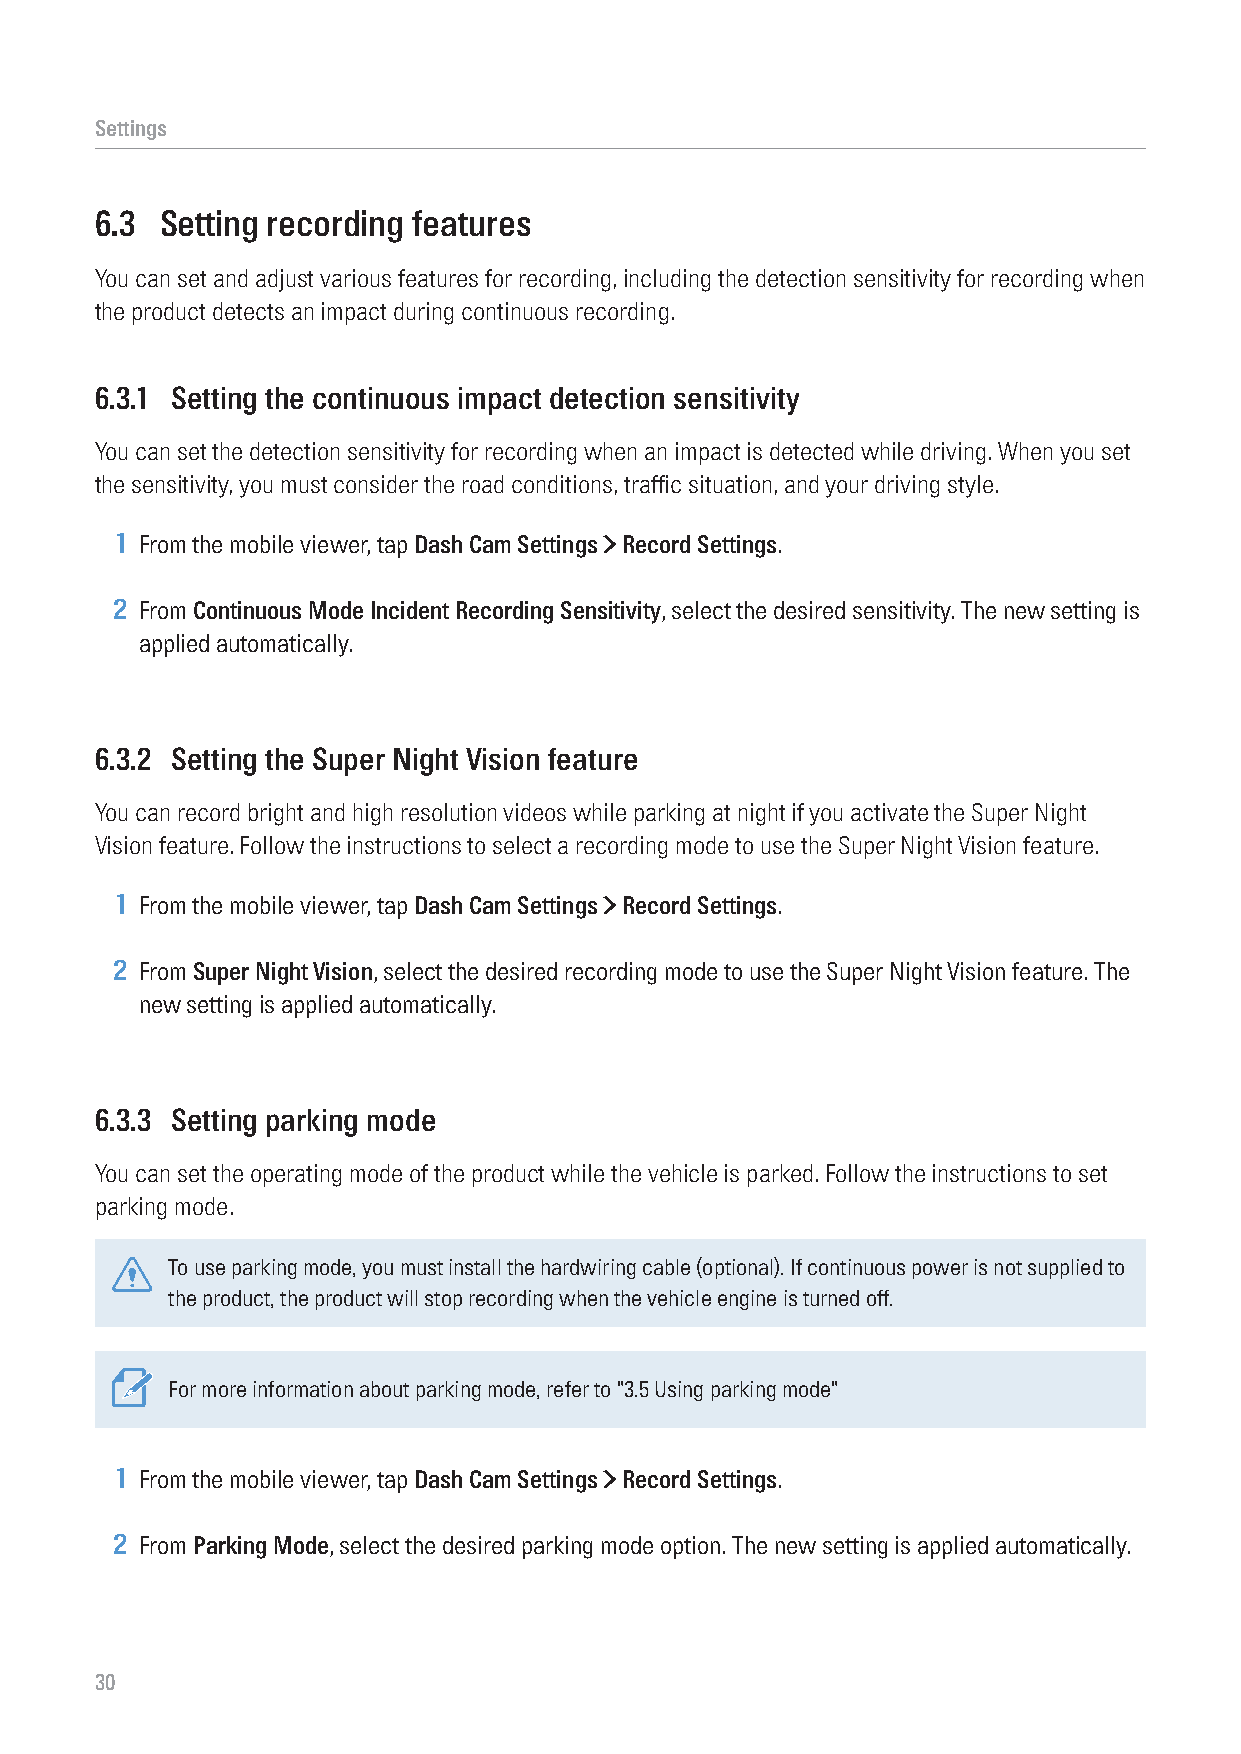
Settings
 6.3  Setting recording features
 You can set and adjust various features for recording, including the detection sensitivity for recording when
 the product detects an impact during continuous recording.
 6.3.1 Setting the continuous impact detection sensitivity
 You can set the detection sensitivity for recording when an impact is detected while driving. When you set
 the sensitivity, you must consider the road conditions, traffic situation, and your driving style.
 1 From the mobile viewer, tap Dash Cam Settings > Record Settings.
 2 From Continuous Mode Incident Recording Sensitivity, select the desired sensitivity. The new setting is
 applied automatically.
 6.3.2 Setting the Super Night Vision feature
 You can record bright and high resolution videos while parking at night if you activate the Super Night
 Vision feature. Follow the instructions to select a recording mode to use the Super Night Vision feature.
 1 From the mobile viewer, tap Dash Cam Settings > Record Settings.
 2 From Super Night Vision, select the desired recording mode to use the Super Night Vision feature. The
 new setting is applied automatically.
 6.3.3 Setting parking mode
 You can set the operating mode of the product while the vehicle is parked. Follow the instructions to set
 parking mode.
 To use parking mode, you must install the hardwiring cable (optional). If continuous power is not supplied to
 the product, the product will stop recording when the vehicle engine is turned off.
 For more information about parking mode, refer to "3.5 Using parking mode"
 1 From the mobile viewer, tap Dash Cam Settings > Record Settings.
 2 From Parking Mode, select the desired parking mode option. The new setting is applied automatically.
 30